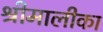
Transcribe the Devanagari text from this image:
श्रीमालीका